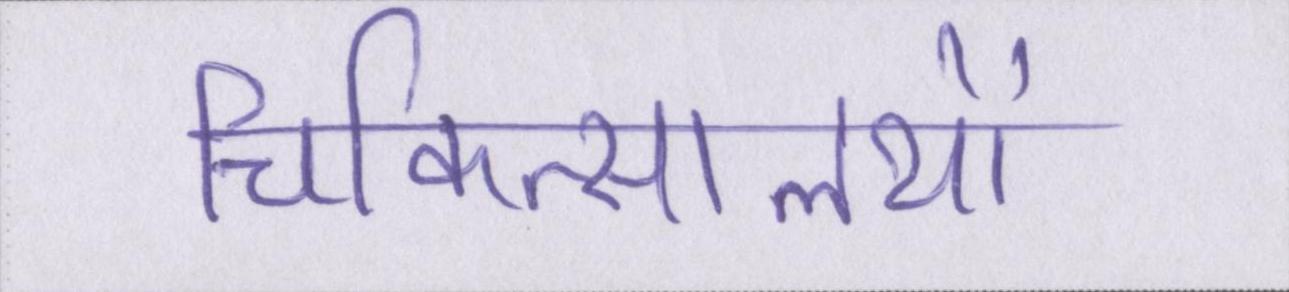
चिकित्सालयों